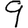
Digit: 9